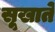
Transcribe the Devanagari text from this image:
सूखाते